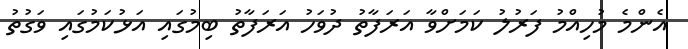
އެންމެ މުހިއްމު ފަރުލު ކަމަށްވާ އަރަފާތު ދުވަހު އަރަފާތު ބިމުގައި އަޅުކަމުގައި ވަގުތު